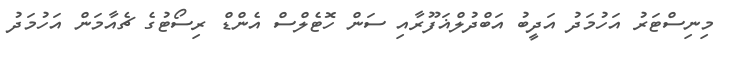
މިނިސްޓަރު އަހުމަދު އަދީބު އަބްދުލްޣަފޫރާއި ސަން ހޮޓެލްސް އެންޑް ރިސޯޓުގެ ޗެއާމަން އަހުމަދު